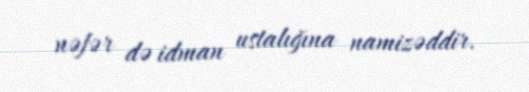
nəfər də idman ustalığına namizəddir.